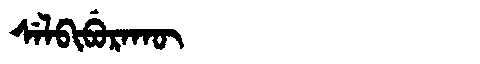
Manchu: ᠰᡝᠯᠪᡳᠪᡠᡵᠠᡴᡡ
Romanization: SELBIBURAKŪ